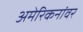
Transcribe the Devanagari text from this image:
अमेरिकनांवर